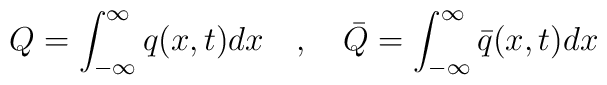
Q=\int ^{\infty }_{-\infty }q(x,t)dx\quad ,\quad \bar{Q}=\int ^{\infty }_{-\infty }\bar{q}(x,t)dx